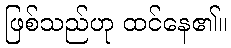
ဖြစ်သည်ဟု ထင်နေ၏။